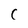
Character: C